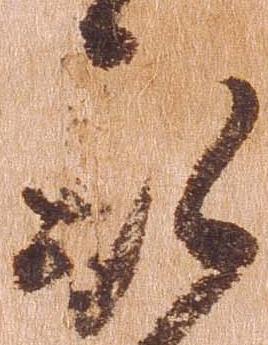
被